Calcutta medical institutions reports 1871-78
Year: 1871
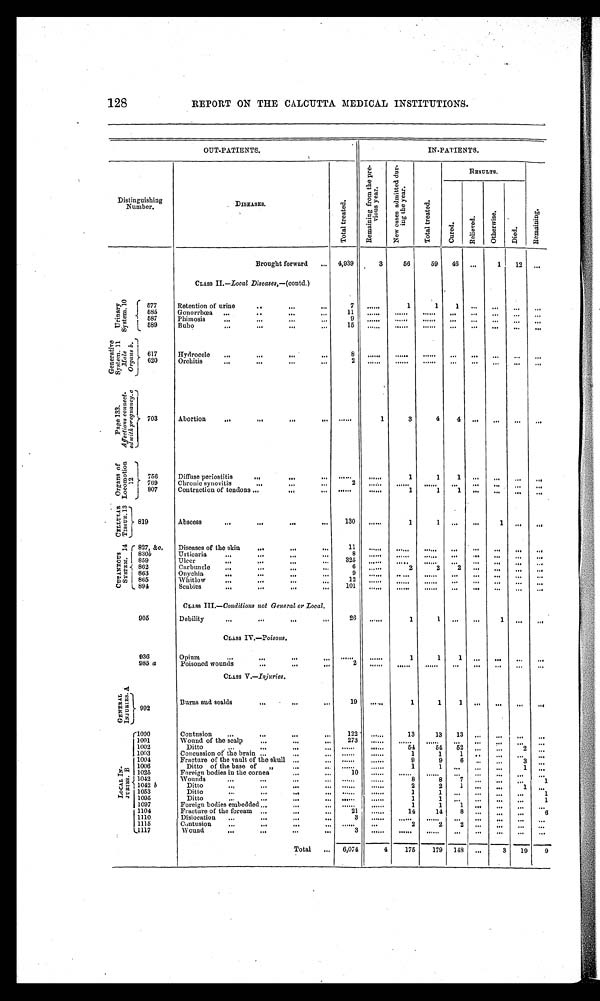
128
REPORT ON THE CALCUTTA MEDICAL INSTITUTIONS.
OUT-PATIENTS.
IN-PATIENTS.
Distinguishing
Number.
DISEASES.
T o t a l t r e a t e d .
R e m a i n i n g f r o m t h e p r e - v i o u s y e a r .
N e w c a s e s a d m i t t e d d u r - i n g t h e y e a r .
T o t a l t r e a t e d .
RESULTS.
R e m a i n i n g .
C u r e d .
R e l i e v e d .
O t h e r w i s e .
D i e d .
Brought forward
4,939
3
56
59
46 ...
1
1 2
. . .
CLASS II .—Local Diseases,— (contd.)
U r i n a r y S y s t e m . 1 0 577
Retention of urine
7
. . . . . .
1
1
1
. . .
. . .
. . .
. . .
585
G o n o r r h œ a
1 1
......
. . . . . .
. . . . . .
. . .
. . .
. . .
. . .
. . .
587
Phimosis
9 ......
. . . . . .
. . . . . .
. . .
. . .
. . .
. . .
. . .
589
B u b o
15
......
. . . . . .
. . . . . .
. . .
. . .
. . .
. . .
. . .
G e n e r a t i v e S y s t e m . 1 1
M a l e O r g a n s b .
617
Hydrocele
8
......
. . . . . .
. . . . . .
. . .
. . .
. . .
. . .
. . .
620
Orchitis
2
......
. . . . . .
. . . . . .
. . .
. . .
. . .
. . .
. . .
P a g e 1 3 3 .
A f f e c t i o n s c o n n e c t - e d w i t h p r e g n a n c y . c
703
Abortion
......
1
3
4
4
. . .
. . .
. . .
. . .
O r g a n s o f L o c o m o t i o n 1 2
756
Diffuse periostitis
. . . . . .
. . . . . .
1
1
1
. . .
. . .
. . .
. . .
769
C h r o n i c s y n o v i t i s
2 ......
. . . . . .
. . . . . .
. . .
. . .
. . .
. . .
. . .
807
Contraction of tendons
. . . . . .
......
1
1
1
. . .
. . .
. . .
. . .
C E L L U L A R T I S S U E . 1 3
819
Abscess
130
......
1
1
. . .
. . .
1
. . .
. . .
c u t a n e o u s s y s t e m . 1 4 827, &c.
Diseases of the skin
11
......
. . . . . .
. . . . . .
. . .
. . .
. . .
. . .
. . .
830b
Urticaria
8 ......
. . . . . .
. . . . . .
. . .
. . .
. . .
. . .
. . .
859
U l c e r
325 ......
. . . . . .
. . . . . .
. . .
. . .
. . .
. . .
...
862
C a r b u n c l e
6
. . . . . .
2
2
2
. . .
. . .
. . .
. . .
863
Onychia
9 ......
.....
. . . . . .
. . .
. . .
. . .
. . .
. . .
865
Whitlow
12 ......
. . . . . .
. . . . . .
. . .
. . .
. . .
. . .
. . .
894
• S c a b i e s
101
. . . . . .
. . . . . .
. . . . . .
. . .
. . .
. . .
. . .
. . .
CLASS II.— Conditions not General or Local.
905
Debility
26 ......
1
1
. . .
. . .
1
. . .
. . .
CLASS IV.—Poisons.
936
Opium
. . . . . .
......
1
1
1
. . .
. . .
. . .
. . .
985 a
P o i s o n e d w o u n d s
2 ......
. . . . . .
. . . . . .
. . .
. . .
. . .
. . .
. . .
CLASS V.—Injuries.
G E N E R A L I N J U R I E S . A
992
Burns and scalds
19
. . . . . .
1
1
1
. . .
. . .
. . .
. . .
L O C A L I N - J U R I E S . B
1000
Contusion
122 . . . . . .
13
13
13
. . .
. . .
. . .
. . .
1001
Wound of the scalp
273 . . . . . .
. . . . . .
. . . . . .
. . .
. . . . . .
. . .
. . .
. . .
1002
Ditto
. . . . . . . . . . . .
54
54
52
. . .
. . .
2
. . .
1003
Concussion of the brain
. . . . . . . . . . . .
1
1
1
. .
. . .
. . .
. . .
1004
Fracture of the vault of the skull
. . . . . .
. . . . . .
9
9
6
. . .
. . .
3
. . .
1006
Ditto of the base of
,,
. . . . . .
......
1
1
. . .
. . .
. . .
1
. . .
1025
Foreign bodies in the cornea
10 ......
. . . . . .
. . . . . .
. . .
. . .
. . .
. . .
. . .
1042
Wounds
. . . . . .
......
8
8
7
. . . .
. . .
. . .
1
1042 b
Ditto
. . . . . . .......
2
2
1
. . .
. . .
1
. . .
1053
Ditto
. . . . . . ......
1
1
. . .
. . .
. . .
. . .
1
1095
Ditto
. . . . . .
......
1
1
. . .
. . . .
. . .
. . .
1
1097
Foreign bodies embedded
. . . . . . . . . . . .
1
1
1
. . .
. . .
. . .
. . .
1104
Fracture of the foream
21
. . . . . .
14
14
8
. . .
. . .
. . .
6
1110
Dislocation
3 ......
. . . . . .
. . . . . .
. . .
. . .
. . .
. . .
. . .
1115
Contusion
......
...
2
2
2
. . .
. . .
. . .
. . .
1117
Wound
3 ......
. . . . . .
. . . . . .
. . .
. . .
. . .
. . .
. . .
Total
6,074
4
175
179 148
. . .
3
19
9